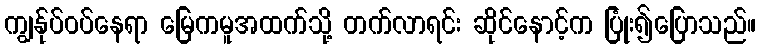
ကျွန်ုပ်ဝပ်နေရာ မြေကမူအထက်သို့ တက်လာရင်း ဆိုင်နောင့်က ပြုံး၍ပြောသည်။